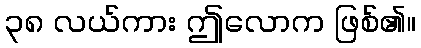
၃၈ လယ်ကား ဤလောက ဖြစ်၏။